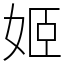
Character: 姬